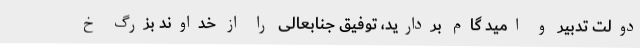
دولت تدبیر و امید گام بردارید، توفیق جنابعالی را از خداوند بزرگ خ